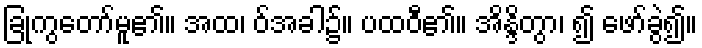
ခြုံကွတော်မူ၏။ အထ၊ ဝ်အခါ၌။ ပထဝီ၏။ အိန္ဒိတွာ၊ ၍ ဖော်ခွဲ၍။